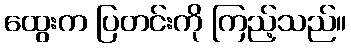
ထွေးက ပြတင်းကို ကြည့်သည်။